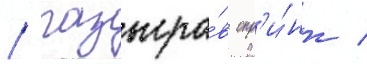
/ разыгра́в спр'и́нт /